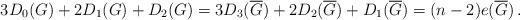
LaTeX: \begin{align*} 3D_0(G)+2D_1(G)+D_2(G) = 3D_3(\overline{G})+2D_2(\overline{G})+D_1(\overline{G}) = (n-2)e(\overline{G}) \,.\end{align*}